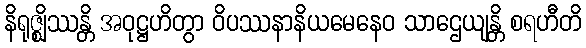
နိရုဇ္ဈိဿန္တိ အဝုဋ္ဌဟိတွာ ဝိပဿနာနိယမေနေဝ သာဌေယျန္တိ စရဟီတိ